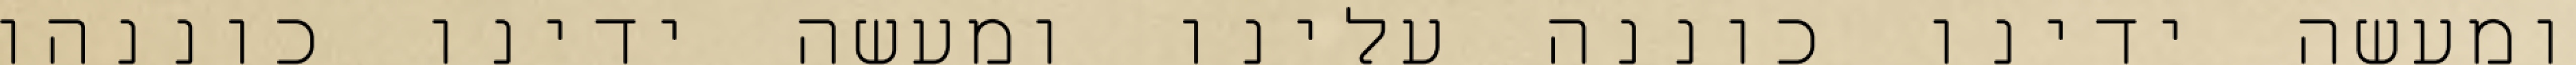
ומעשה ידינו כוננה עלינו ומעשה ידינו כוננהו